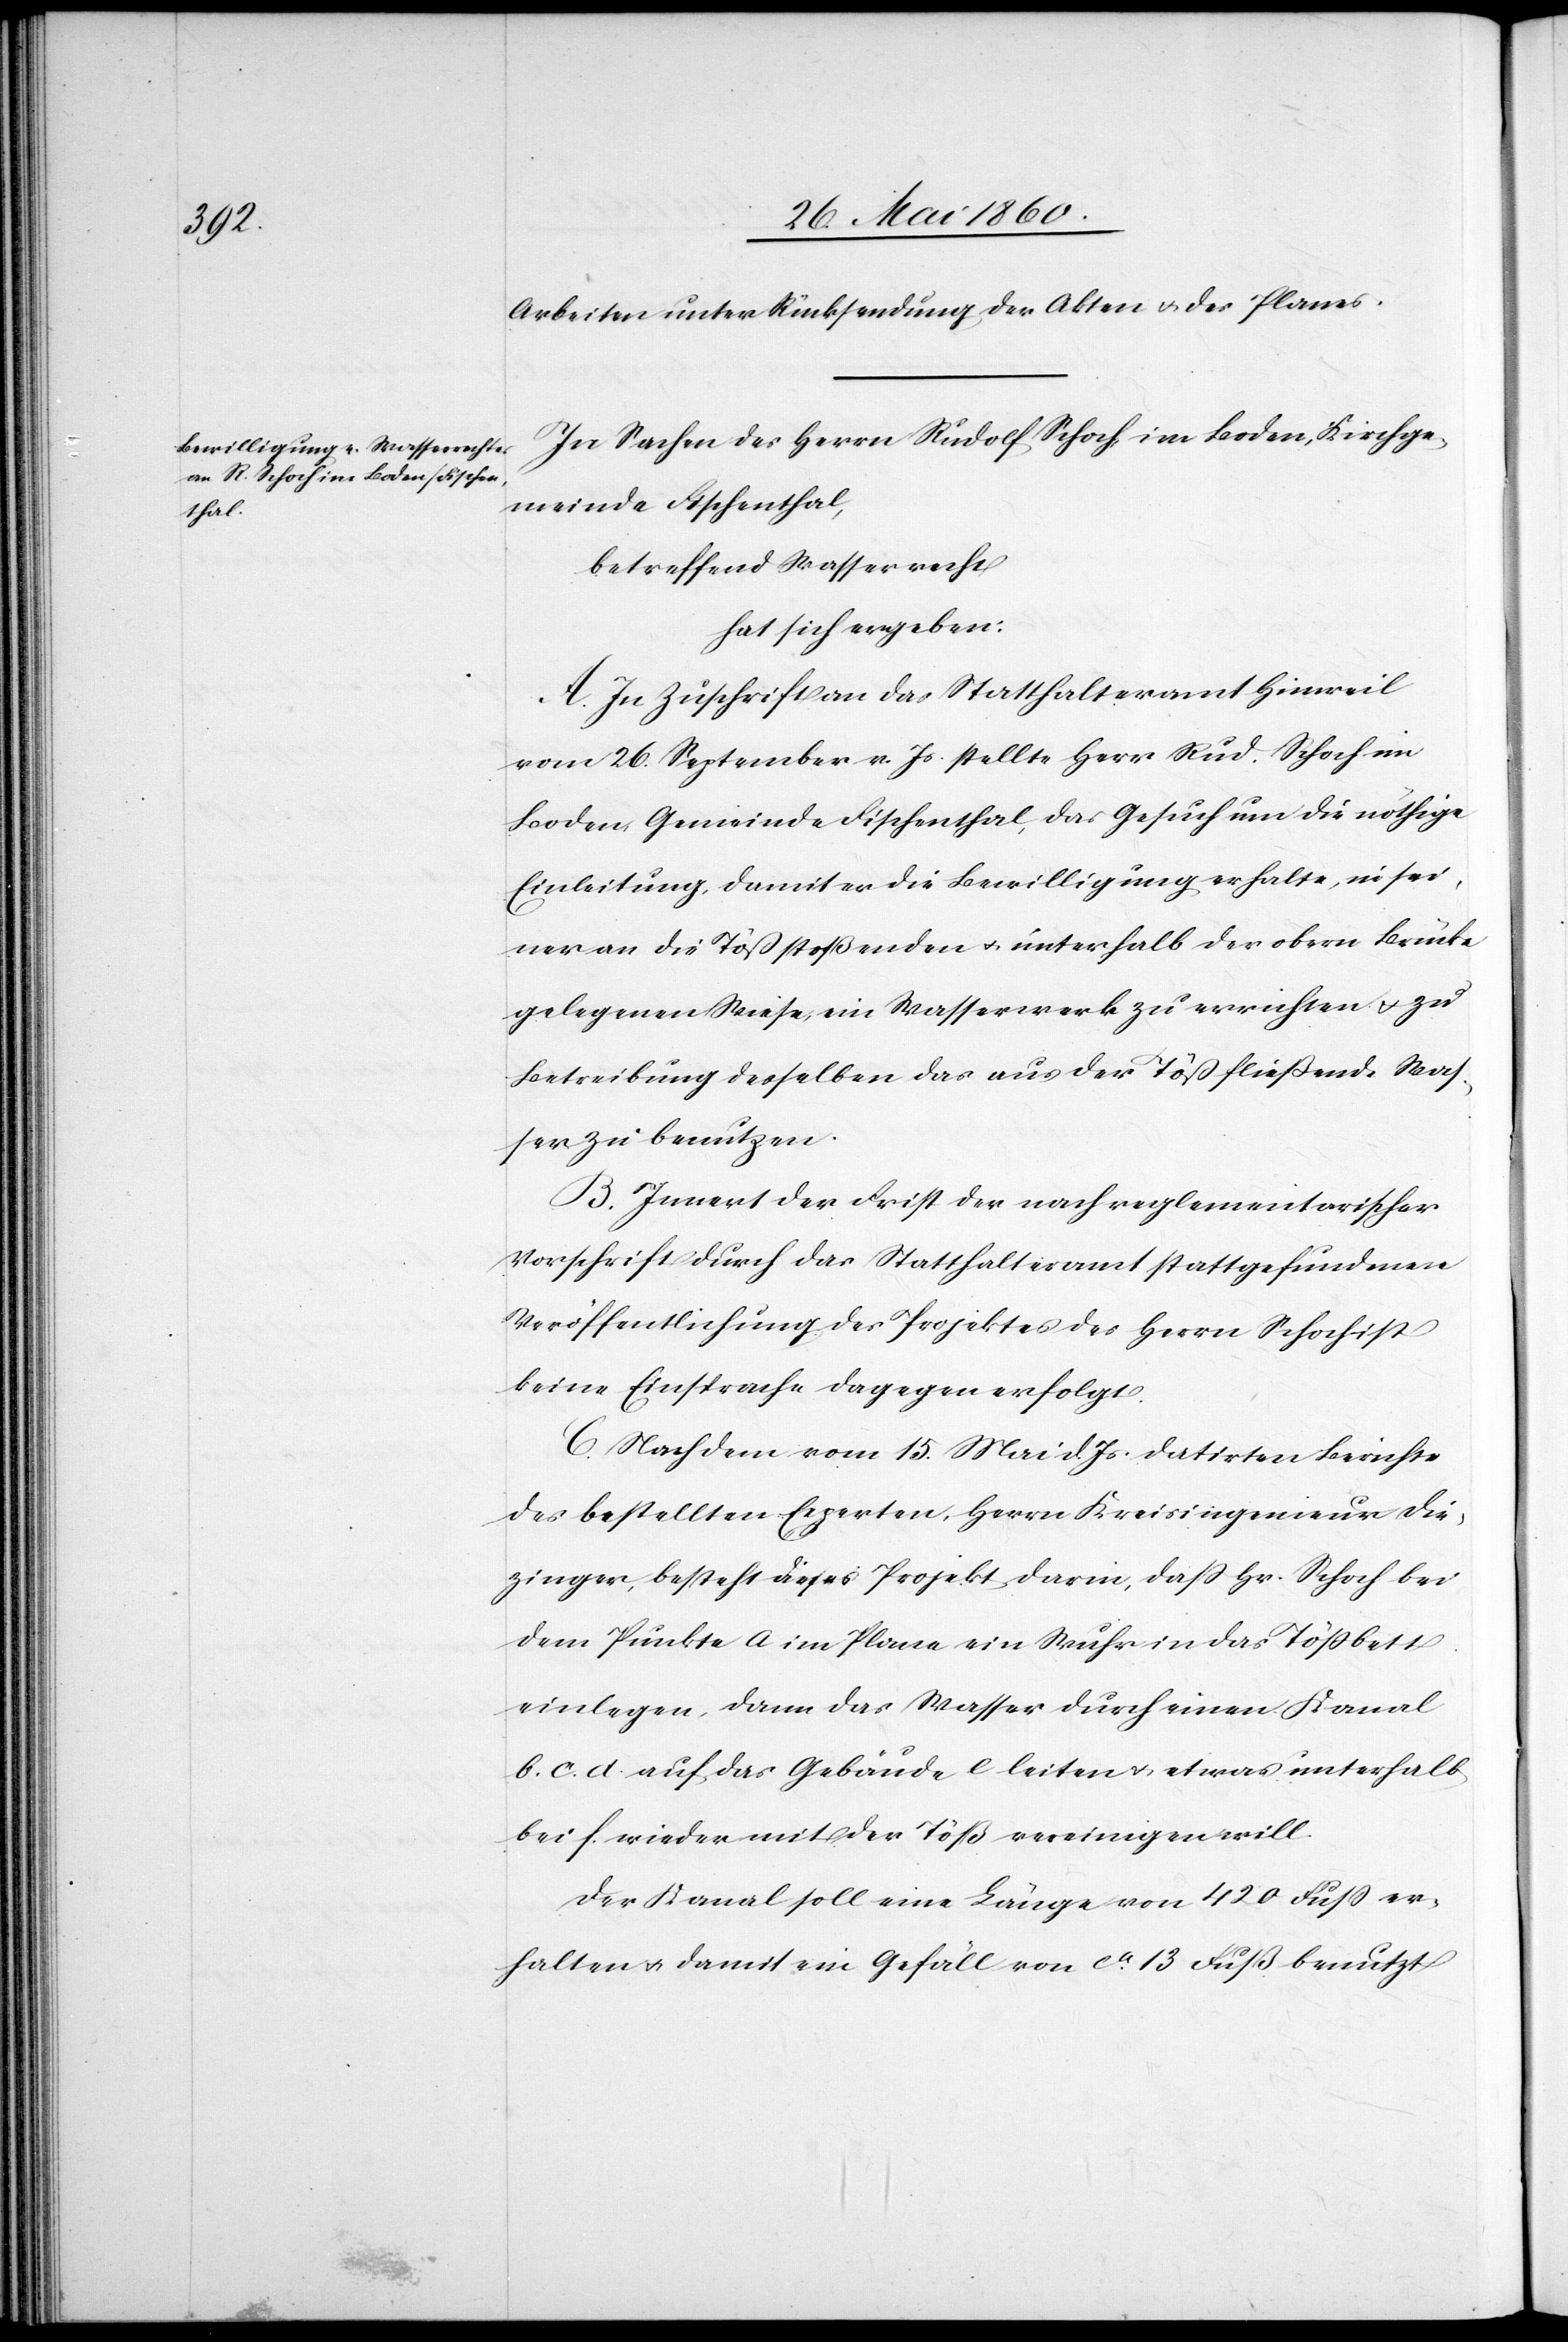
Arbeiten unter Rücksendung der Akten u. des Planes.
In Sachen des Herrn Rudolf Schoch, im Boden, Kirchge¬
meinde Fischenthal,
betreffend Wasserrecht
hat sich ergeben:
A. In Zuschrift an das Statthalteramt Hinweil
vom 26. September v. Js. stellte Herr Rud. Schoch in
Boden, Gemeinde Fischenthal, das Gesuch um die nöthige
Einleitung, damit er die Bewilligung erhalte, in sei¬
ner an die Töss stoßenden u. unterhalb der obern Brücke
gelegenen Wiese, ein Wasserwerk zu errichten u. zu
Betreibung desselben das aus der Töss fließende Was¬
ser zu benutzen.
B. Innert der Frist der nach reglementarischer
Vorschrift durch das Statthalteramt stattgefundenen
Veröffentlichung des Projektes des Herrn Schoch ist
keine Einsprache dagegen erfolgt.
C. Nach dem vom 15. Mai d. Js. datirten Berichte
des bestellten Experten, Herrn Kreisingenieur Die¬
zinger, besteht dieses Projekt, darin, dass Hr. Schoch bei
dem Punkte a im Plane ein Wuhr in das Tössbett
einlegen, dann das Wasser durch einen Kanal
b. c. d. auf das Gebäude e leiten u. etwas unterhalb
bei f. wieder mit der Töß vereinigen will.
Der Kanal soll eine Länge von 420 Fuss er¬
halten u. damit ein Gefäll von ca 13 Fuß benutzt